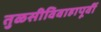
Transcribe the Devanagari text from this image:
तुळसीविवाहापूर्वी